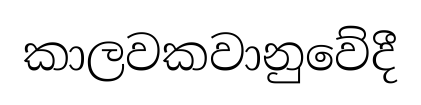
කාලවකවානුවේදී